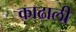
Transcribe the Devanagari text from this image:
काढाली